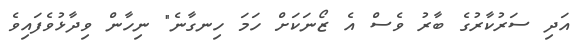
އަދި ސަރުކާރުގެ ބާރު ވެސް އެ ޒޯނަކަށް ހަމަ ހިނގާނެ" ނިހާން ވިދާޅުވެފައިވެ